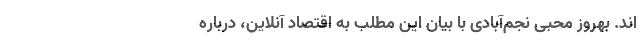
اند. بهروز محبی نجم‌آبادی با بیان این مطلب به اقتصاد آنلاین، درباره